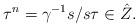
LaTeX: \begin{align*}\tau^n = \gamma^{-1} s / s \tau \in \hat Z.\end{align*}